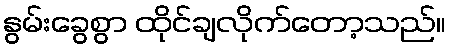
နွမ်းခွေစွာ ထိုင်ချလိုက်တော့သည်။